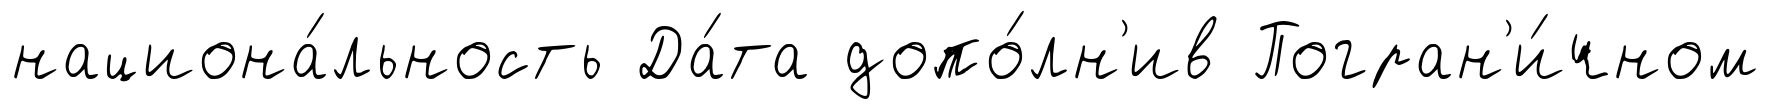
национа́льность Да́та допо́лн'ив Погран'и́чном